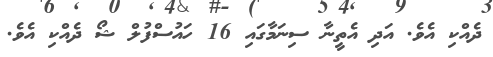
ދެއްކި އެވެ. އަދި އެތީނާ ސިނަމާގައި 16 ހައުސްފުލް ޝޯ ދެއްކި އެވެ.